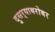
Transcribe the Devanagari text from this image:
दुसर्‍याबरोबर